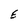
Character: E